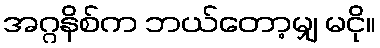
အဂ္ဂနိစ်က ဘယ်တော့မျှ မငို။